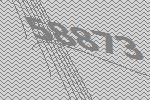
58873